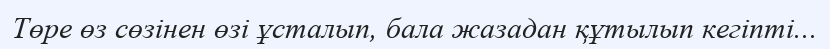
Төре өз сөзінен өзі ұсталып, бала жазадан құтылып кегіпті...